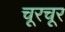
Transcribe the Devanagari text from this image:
चूरचूर